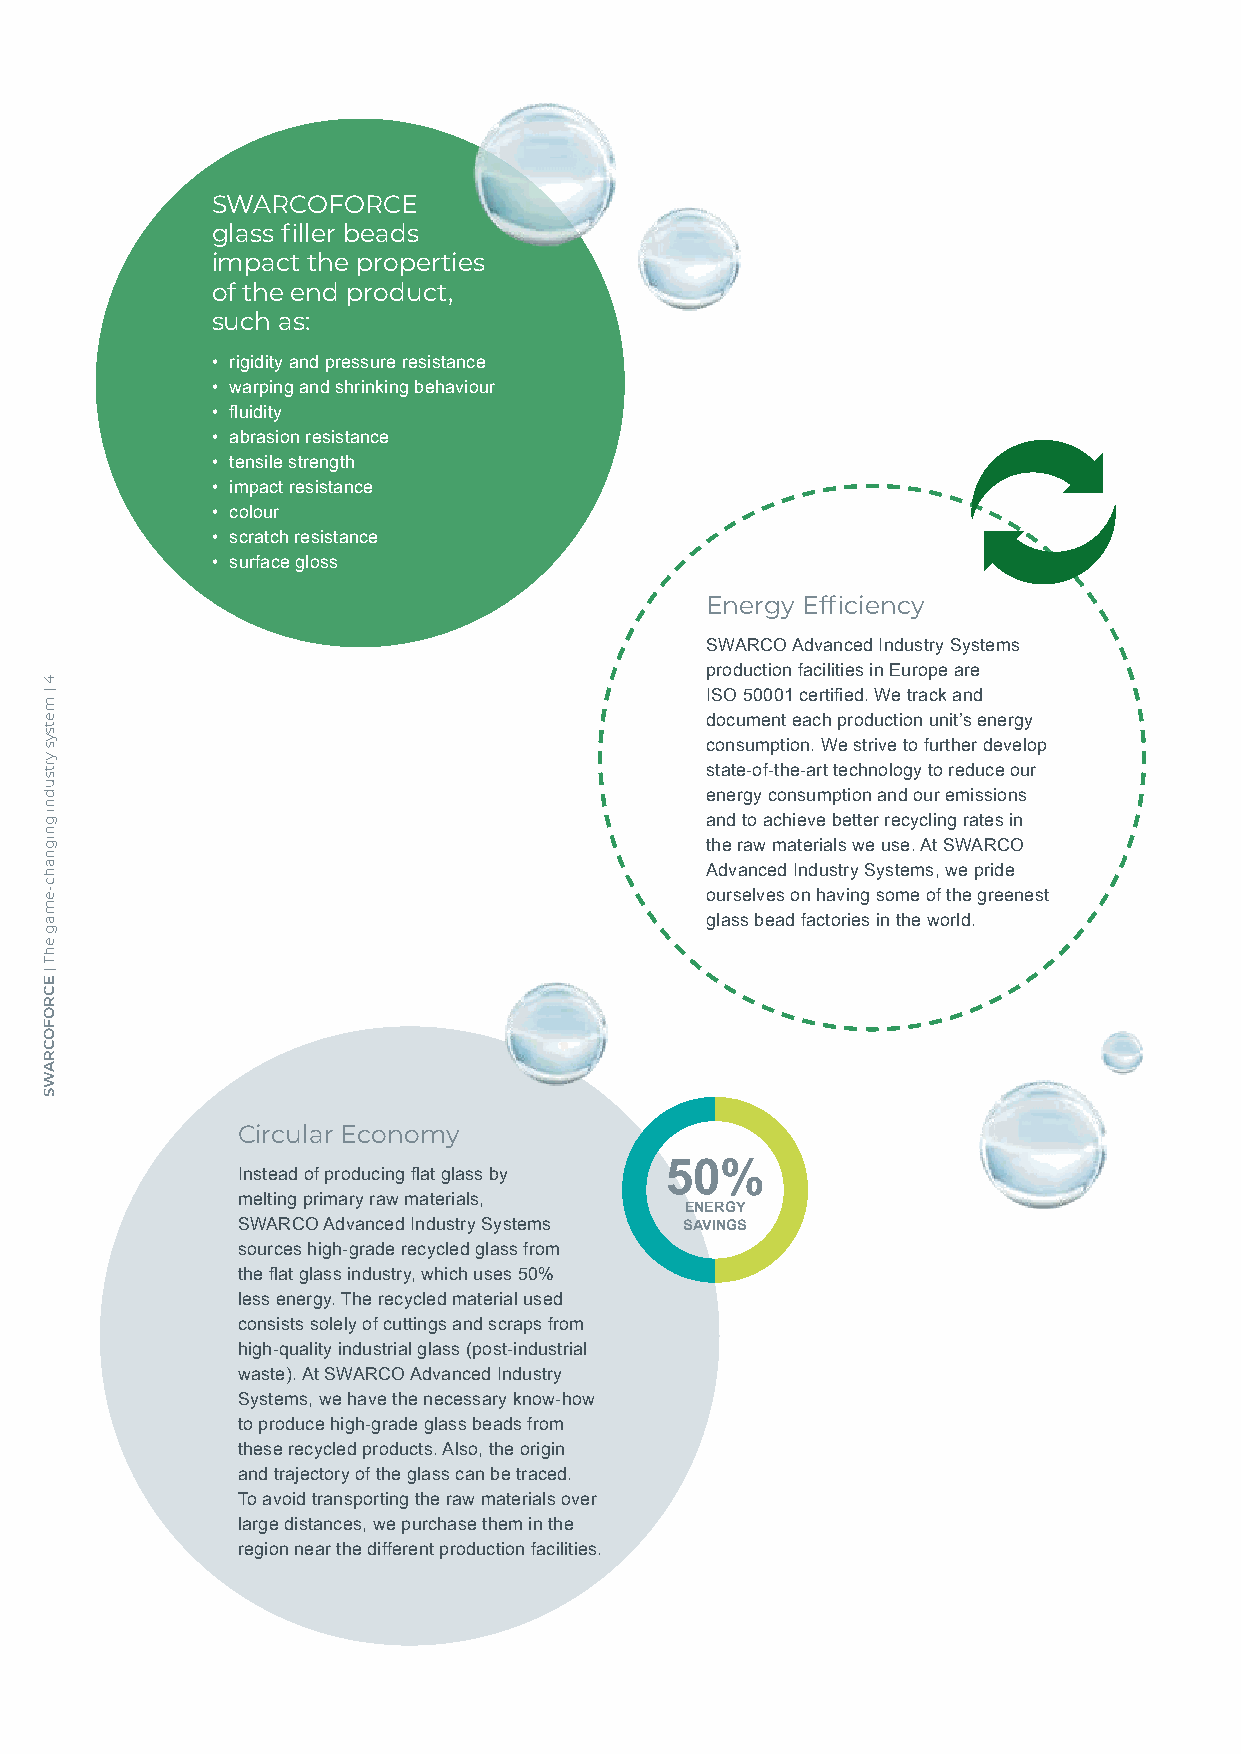
SWARCOFORCE
 glass filler beads
 impact the properties
 of the end product,
 such as:
 • rigidity and pressure resistance
 • warping and shrinking behaviour
 • fluidity
 • abrasion resistance
 • tensile strength
 • impact resistance
 • colour
 • scratch resistance
 • surface gloss
 Energy Efficiency
 SWARCO Advanced Industry Systems
 production facilities in Europe are
 ISO 50001 certified. We track and
 document each production unit’s energy
 consumption. We strive to further develop
 state-of-the-art technology to reduce our
 energy consumption and our emissions
 and to achieve better recycling rates in
 the raw materials we use. At SWARCO
 Advanced Industry Systems, we pride
 ourselves on having some of the greenest
 glass bead factories in the world.
 Circular Economy
 Instead of producing flat glass by 50%
 melting primary raw materials,
 ENERGY
 SWARCO Advanced Industry Systems SAVINGS
 sources high-grade recycled glass from
 the flat glass industry, which uses 50%
 less energy. The recycled material used
 consists solely of cuttings and scraps from
 high-quality industrial glass (post-industrial
 waste). At SWARCO Advanced Industry
 Systems, we have the necessary know-how
 to produce high-grade glass beads from
 these recycled products. Also, the origin
 and trajectory of the glass can be traced.
 To avoid transporting the raw materials over
 large distances, we purchase them in the
 region near the different production facilities.
 4
 |
 metsys
 yrtsudni
 gnignahc-emag
 ehT
 |
 ECROFOCRAWS